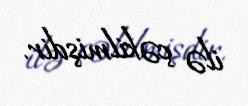
ilə çəkilmişdir.